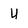
Character: U